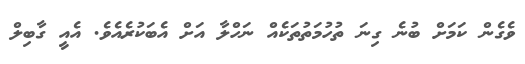
ވެގެން ކަމަށް ބުނެ ގިނަ ތުހުމަތުތަކެއް ނަހްލާ އަށް އެބަކުރެއެވެ. އެއީ ގާބިލް